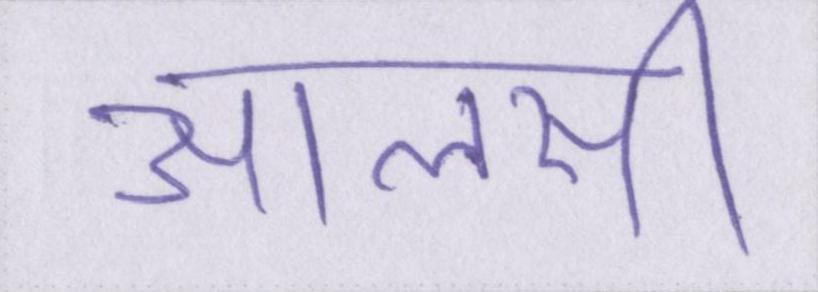
आलसी